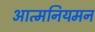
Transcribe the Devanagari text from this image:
आत्मनियमन